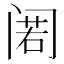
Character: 𲉃